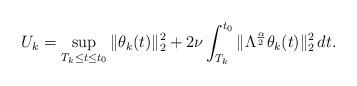
LaTeX: \begin{align*}U_k=\sup_{T_k\leq t \leq t_0}\|\theta_k(t)\|_2^2+2\nu\int_{T_k}^{t_0}\|\Lambda^{\frac{\alpha}{2}}\theta_k(t)\|_2^2 \,dt.\end{align*}